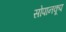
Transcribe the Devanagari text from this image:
सोपानकूप